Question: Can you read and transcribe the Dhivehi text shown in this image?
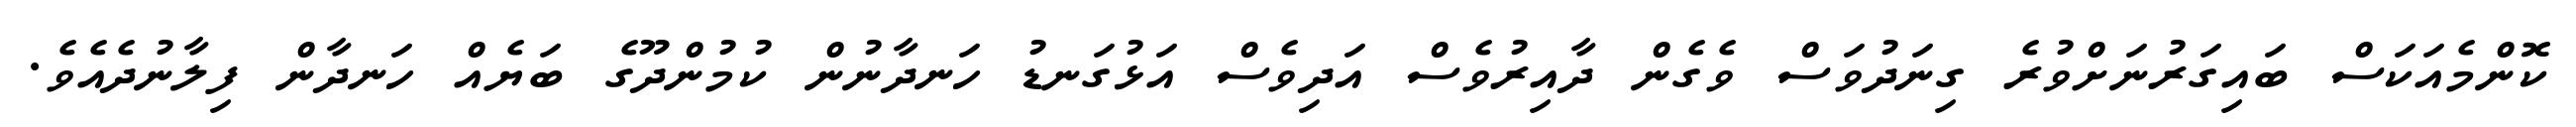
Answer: ކޮންމެއަކަސް ބައިގަރުނަށްވުރެ ގިނަދުވަސް ވެގެން ދާއިރުވެސް އަދިވެސް އަޅުގަނޑު ހަނދާނުން ކުމުންދޫގެ ބަޔެއް ހަނދާން ފިލާނުދެއެވެ.